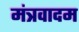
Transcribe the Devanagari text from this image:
मंत्रवादम